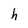
Character: h